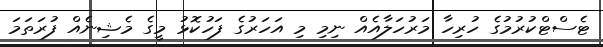
ޓެސްޓްކުރުމުގެ ހުރިހާ މަރުހަލާއެއް ނިމި މި އަހަރުގެ ފަހުކޮޅު މީގެ މެޝިނެއް ފުރަތަމަ